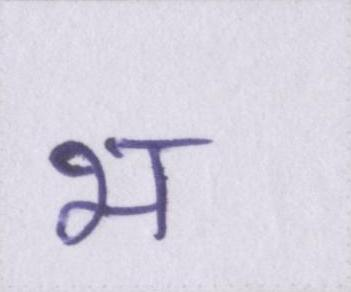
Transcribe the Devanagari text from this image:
भ